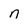
Character: n